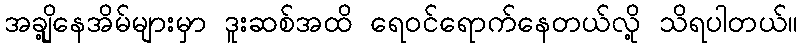
အချို့နေအိမ်များမှာ ဒူးဆစ်အထိ ရေဝင်ရောက်နေတယ်လို့ သိရပါတယ်။